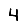
Digit: 4